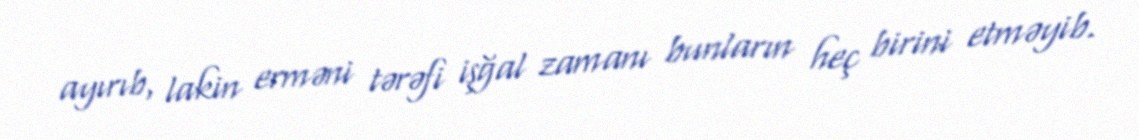
ayırıb, lakin erməni tərəfi işğal zamanı bunların heç birini etməyib.